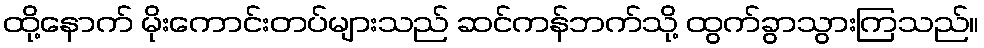
ထို့နောက် မိုးကောင်းတပ်များသည် ဆင်ကန်ဘက်သို့ ထွက်ခွာသွားကြသည်။